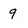
Character: 9